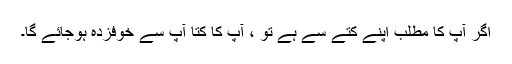
اگر آپ کا مطلب اپنے کتے سے ہے تو ، آپ کا کتا آپ سے خوفزدہ ہوجائے گا۔